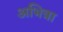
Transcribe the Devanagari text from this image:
अभित्रा